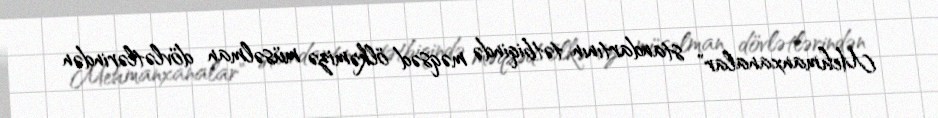
Mehmanxanalar" standartının tətbiqində məqsəd ölkəmizə müsəlman dövlətlərindən